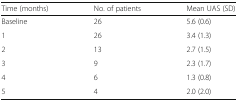
<table><thead><tr><td><b>Time (months)</b></td><td><b>No. of patients</b></td><td><b>Mean UAS (SD)</b></td></tr></thead><tbody><tr><td>Baseline</td><td>26</td><td>5.6 (0.6)</td></tr><tr><td>1</td><td>26</td><td>3.4 (1.3)</td></tr><tr><td>2</td><td>13</td><td>2.7 (1.5)</td></tr><tr><td>3</td><td>9</td><td>2.3 (1.7)</td></tr><tr><td>4</td><td>6</td><td>1.3 (0.8)</td></tr><tr><td>5</td><td>4</td><td>2.0 (2.0)</td></tr></tbody></table>